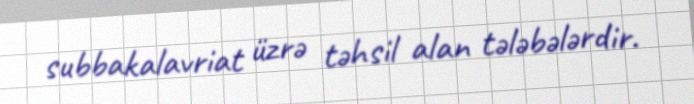
subbakalavriat üzrə təhsil alan tələbələrdir.